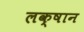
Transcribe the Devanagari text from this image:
लक्षान